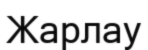
Жарлау